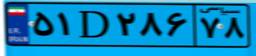
۰۳D۰۱۱۱۲